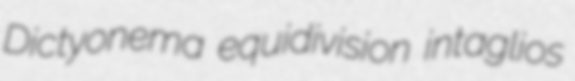
Dictyonema equidivision intaglios